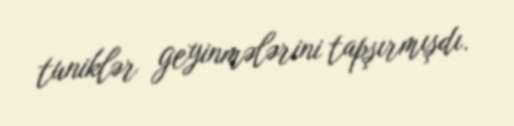
tuniklər geyinmələrini tapşırmışdı.